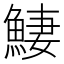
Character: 𩸸